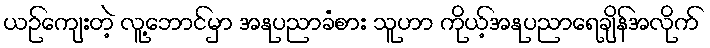
ယဉ်ကျေးတဲ့ လူ့ဘောင်မှာ အနုပညာခံစား သူဟာ ကိုယ့်အနုပညာရေချိန်အလိုက်